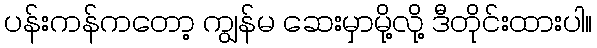
ပန်းကန်ကတော့ ကျွန်မ ဆေးမှာမို့လို့ ဒီတိုင်းထားပါ။